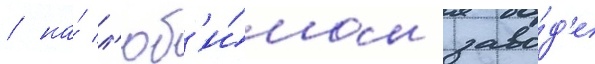
/ на́ л'юб'и́мом заво́д'е